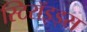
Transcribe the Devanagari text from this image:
स्टिरॉइड्स